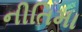
નીતિમા